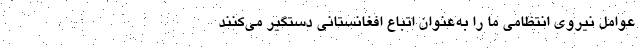
عوامل نیروی انتظامی ما را به‌عنوان اتباع افغانستانی دستگیر می‌کنند